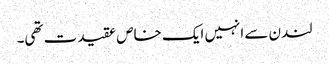
لندن سے انہیں ایک خاص عقیدت تھی۔